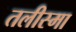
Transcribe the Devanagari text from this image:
तलीस्‍मा